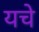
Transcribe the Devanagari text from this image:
यचे